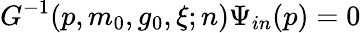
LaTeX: G^{-1}(p,m_{0},g_{0},\xi;n)\Psi_{in}(p)=0